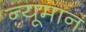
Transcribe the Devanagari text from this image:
न्यूमान